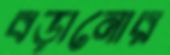
বড়ানোর